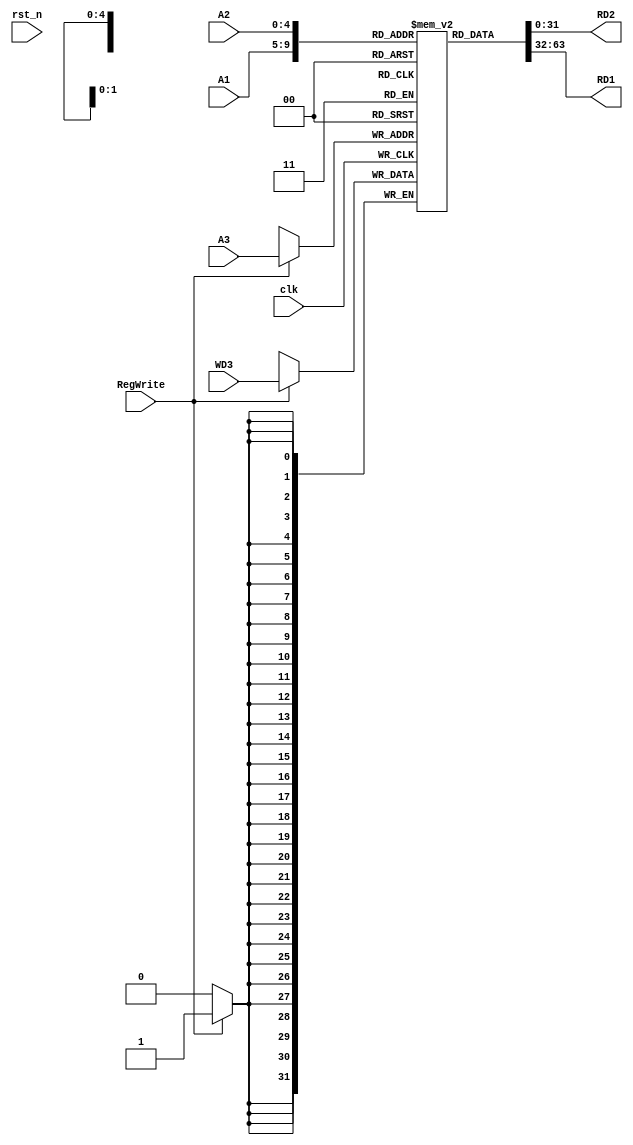
/*

	File name    : Reg_File
	LastEditors  : H
	LastEditTime : 2021-11-04 21:43:02
	Last Version : 1.0
	Description  : 
	
	----------------------------------------------------------------------------------------
	
	Author       : H
	Date         : 2021-11-03 21:01:39
	FilePath     : \MIPS_Pipeline\Reg_File.v
	Copyright 2021 H, All Rights Reserved. 

*/

module Reg_File (
    input               clk,
    input               rst_n,
    input       [4:0]   A1,
    input       [4:0]   A2,
    input       [4:0]   A3,

    input               RegWrite,
    input       [31:0]  WD3,
    output      [31:0]  RD2,
    output      [31:0]  RD1

);
    // lw : load word instr [op(6bit) rs(5bit) rd(5bit) imm(16bit)]

    reg [31:0]  ROM [31:0];
    initial begin
        ROM[0] <= 32'b0;
        ROM[1] <= 32'b0;
        ROM[2] <= 32'b0;
        ROM[3] <= 32'b0;
        ROM[4] <= 32'b0;
        ROM[5] <= 32'b0;
        ROM[6] <= 32'b0;
        ROM[7] <= 32'b0;
        ROM[8] <= 32'b0;
        ROM[9] <= 32'b0;
        ROM[10] <= 32'b0;
        ROM[11] <= 32'b0;
        ROM[12] <= 32'b0;
        ROM[13] <= 32'b0;
        ROM[14] <= 32'b0;
        ROM[15] <= 32'b0;
    end


    assign RD1 = ROM[A1];
    assign RD2 = ROM[A2];
    // RegWrite is set to 1 when lw Instr is executed
    always @(negedge clk) begin
        if (RegWrite) begin
            // load word
            ROM[A3] <= WD3;
        end
    end
endmodule